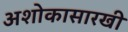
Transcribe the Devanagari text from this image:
अशोकासारखी